Lunatic asylums Punjab 1881-1894 - 1881-1894
Year: 1881
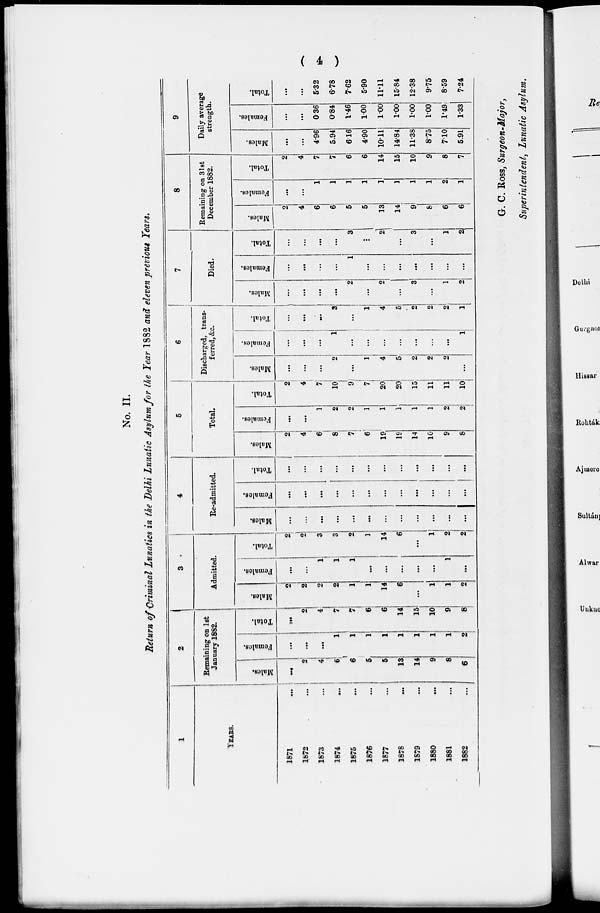
( 4 )
No. II.
Return of Criminal Lunatics in the Delhi Lunatic Asylum for the Year 1882 and eleven previous Years.
1
YEARS.
1871 ...
1872 ...
1873 ...
1874 ...
1875 ...
1876 ...
1877 ...
1878 ...
1879 ...
1880 ...
1881 ...
1882 ...
2
Remaining on 1st
January 1882.
Males.
...
2
4
6
6
5
5
13
14
9
8
6
Females.
...
...
...
...
1
1
1
1
1
1
1
2
Total.
...
2
4
7
7
6
6
14
15
10
9
8
3
Admitted.
Males.
2
2
2
2
1
1
14
6
...
1
1
2
Females.
...
...
1
1
1
...
...
...
...
...
1
...
Total.
2
2
3
3
2
1
14
6
...
1
2
2
4
Re-admitted.
Males.
...
...
...
...
...
...
...
...
...
...
...
...
Females.
...
...
...
...
...
...
...
...
...
...
...
...
Total.
...
...
...
...
...
...
...
...
...
...
...
...
5
Total.
Mules.
2
4
6
8
7
6
19
19
14
10
9
8
Females.
...
...
1
2
2
1
1
1
1
1
2
2
Total.
2
4
7
10
9
7
20
20
15
11
11
10
6
Discharged, trans-
ferred, &c.
Males.
...
...
...
2
...
1
4
5
2
2
2
...
Females.
...
...
...
1
...
...
...
...
...
...
...
1
Total.
...
...
...
3
...
1
4
5
2
2
2
1
7
Died.
Males.
...
...
...
...
2
...
2
...
3
...
1
2
Females.
...
....
...
...
1
...
...
...
...
...
...
...
Total.
...
...
...
...
3
...
2
...
3
...
1
2
8
Remaining on 31st
December 1882.
Males.
2
4
6
6
5
5
13
14
9
8
6
6
Females.
...
...
1
1
1
1
1
1
1
1
2
1
Total.
2
4
7
7
6
6
14
15
10
9
8
7
9
Daily average
strength.
Males.
...
...
4.96
5.94
6.16
4.90
10.11
14.84
11.38
8.75
7.10
5.91
Females.
...
...
0.36
0.84
1.46
1.00
1.00
1.00
1.00
1.00
1.49
1.33
Total.
...
...
5.32
6.78
7.62
5.90
11.11
15.84
12.38
9.75
8.59
7.24
G. C. ROSS, Surgeon-Major,
Superintendent, Lunatic Asylum.